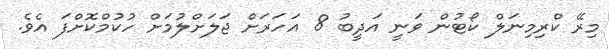
މިރޭ ކްރިމިނަލް ކޯޓުން ވަނީ އަދީބު 8 އަހަރަށް ޖަލަށްލުމަށް ހުކުމްކޮށްފަ އެވެ.